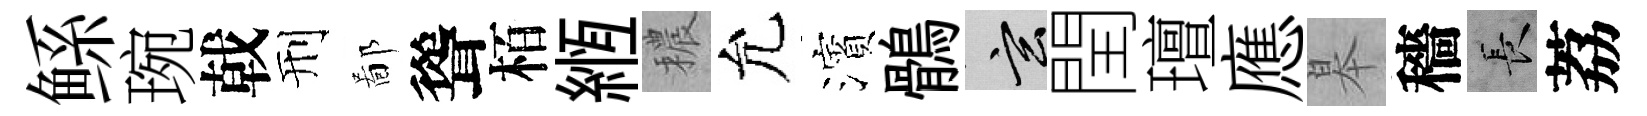
鲧琬戟刑鄙聳栢縆穠允濱鶻玄閏璮應皋穡长荔